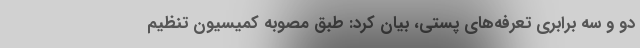
دو و سه برابری تعرفه‌های پستی، بیان کرد: طبق مصوبه کمیسیون تنظیم